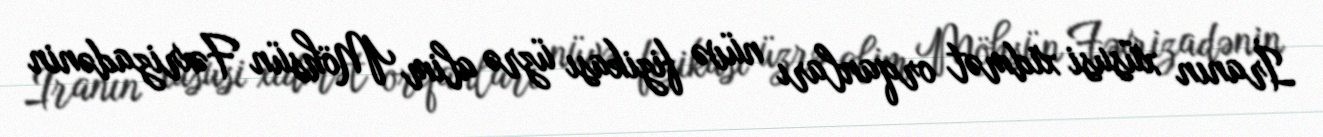
İranın xüsusi xidmət orqanları nüvə fizikası üzrə alim Möhsün Fəxrizadənin